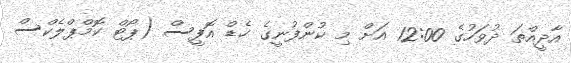
އާދީއްތަ ދުވަހުގެ 12:00 އަށް މި ކުންފުނީގެ ހެޑް އޮފީސް (ޕޯޓް ކޮމްޕްލެކްސް